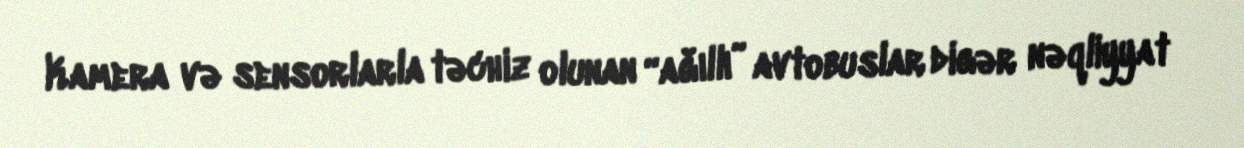
Kamera və sensorlarla təchiz olunan “ağıllı” avtobuslar digər nəqliyyat